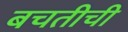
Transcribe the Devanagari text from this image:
बचतीची